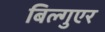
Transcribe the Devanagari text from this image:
बिल्गुएर